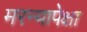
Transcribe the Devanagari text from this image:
मरन्यापेक्षा